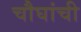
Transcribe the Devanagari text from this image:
चौघांची